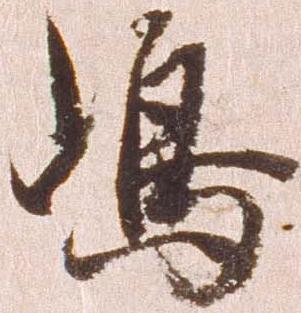
嶋